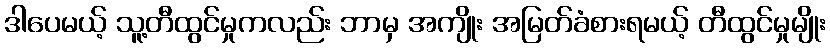
ဒါပေမယ့် သူ့တီထွင်မှုကလည်း ဘာမှ အကျိုး အမြတ်ခံစားရမယ့် တီထွင်မှုမျိုး